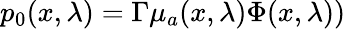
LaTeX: p_{0}({x},\lambda)=\Gamma\mu_{a}({x},\lambda)\Phi({x},\lambda))